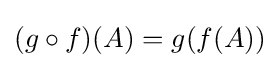
(g\circ f)(A)=g(f(A))